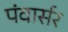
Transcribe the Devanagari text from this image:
पंवार्सर